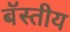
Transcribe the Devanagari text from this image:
बॅस्तीय